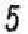
5